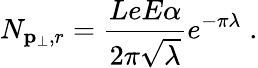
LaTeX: N_{{\mathbf p}_{\perp},r}=\frac{LeE\alpha}{2\pi\sqrt{\lambda}}e^{-\pi\lambda}\; .